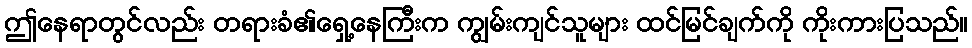
ဤနေရာတွင်လည်း တရားခံ၏ရှေ့နေကြီးက ကျွမ်းကျင်သူများ ထင်မြင်ချက်ကို ကိုးကားပြသည်။